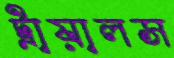
ট্রায়ালস